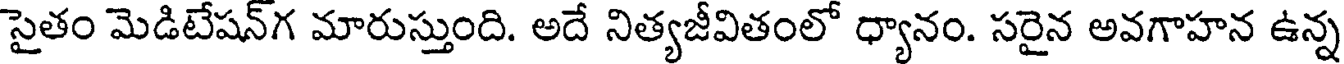
సైతం మెడిటేషన్గ మారుస్తుంది. అదే నిత్యజీవితంలో ధ్యానం. సరైన అవగాహన ఉన్న